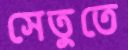
সেতুতে